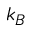
k _ { B }